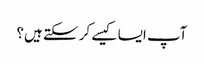
آپ ایسا کیسے کر سکتے ہیں؟